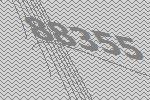
88355